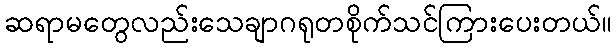
ဆရာမတွေလည်းသေချာဂရုတစိုက်သင်ကြားပေးတယ်။